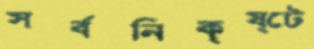
সর্বনিকৃষ্টে